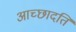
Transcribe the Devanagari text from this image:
आच्‍छादति